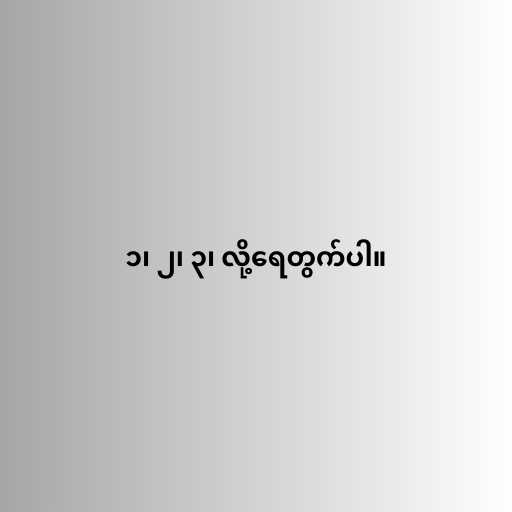
၁၊ ၂၊ ၃၊ လို့ရေတွက်ပါ။